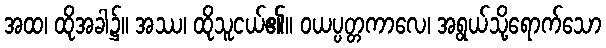
အထ၊ ထိုအခါ၌။ အဿ၊ ထိုသူငယ်၏။ ဝယပ္ပတ္တကာလေ၊ အရွယ်သို့ရောက်သော